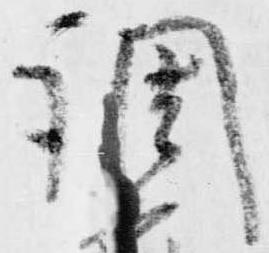
調